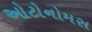
ઓટોનોમસ